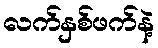
လက်နှစ်ဖက်နဲ့